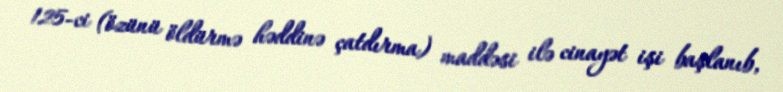
125-ci (özünü öldürmə həddinə çatdırma) maddəsi ilə cinayət işi başlanıb,